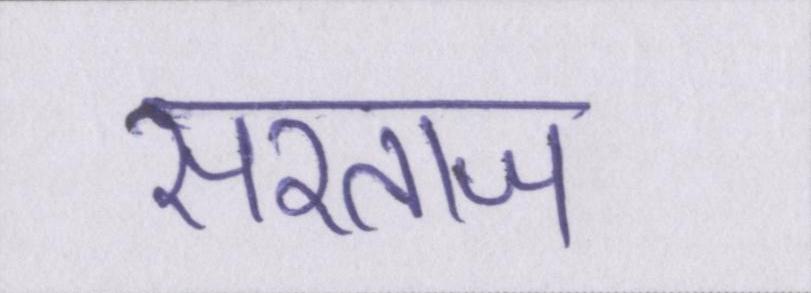
सरताज